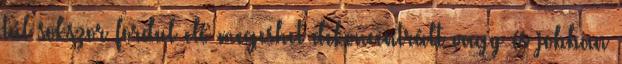
túl sokszor fordul elő megeshet dekoncentrált vagy és jobban